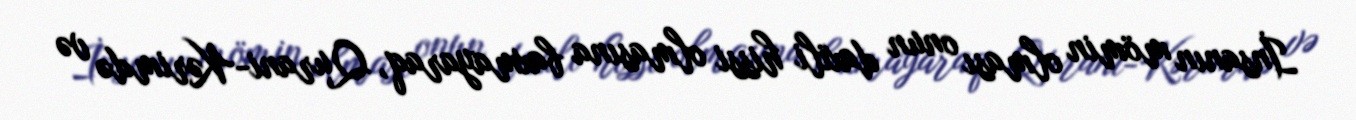
İnsanın mömin olması onun daxili hissi olmasına baxmayaraq, Qurani-Kərimdə və